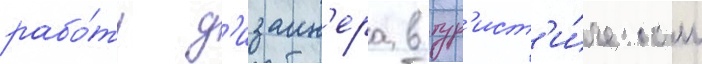
рабо́ту д'изаин'ера в тур'ист'и́ческом